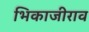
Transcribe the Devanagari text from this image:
भिकाजीराव